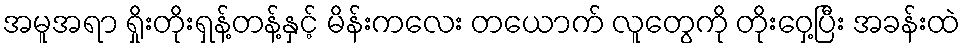
အမူအရာ ရှိုးတိုးရှန့်တန့်နှင့် မိန်းကလေး တယောက် လူတွေကို တိုးဝှေ့ပြီး အခန်းထဲ